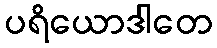
ပရိယောဒါတေ